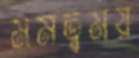
মমত্বময়